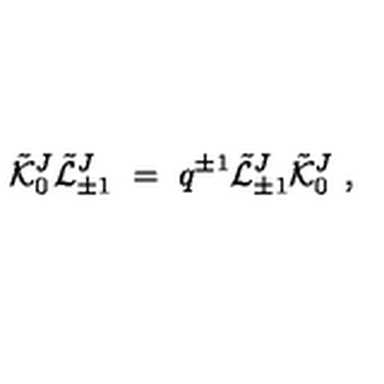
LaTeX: { \tilde { \cal K } } _ { 0 } ^ { J } { \tilde { \cal L } } _ { \pm 1 } ^ { J } \ = \ q ^ { \pm 1 } { \tilde { \cal L } } _ { \pm 1 } ^ { J } { \tilde { \cal K } } _ { 0 } ^ { J } \ ,